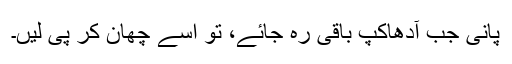
پانی جب آدھاکپ باقی رہ جائے، تو اسے چھان کر پی لیں۔